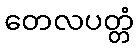
တေလပတ္တံ